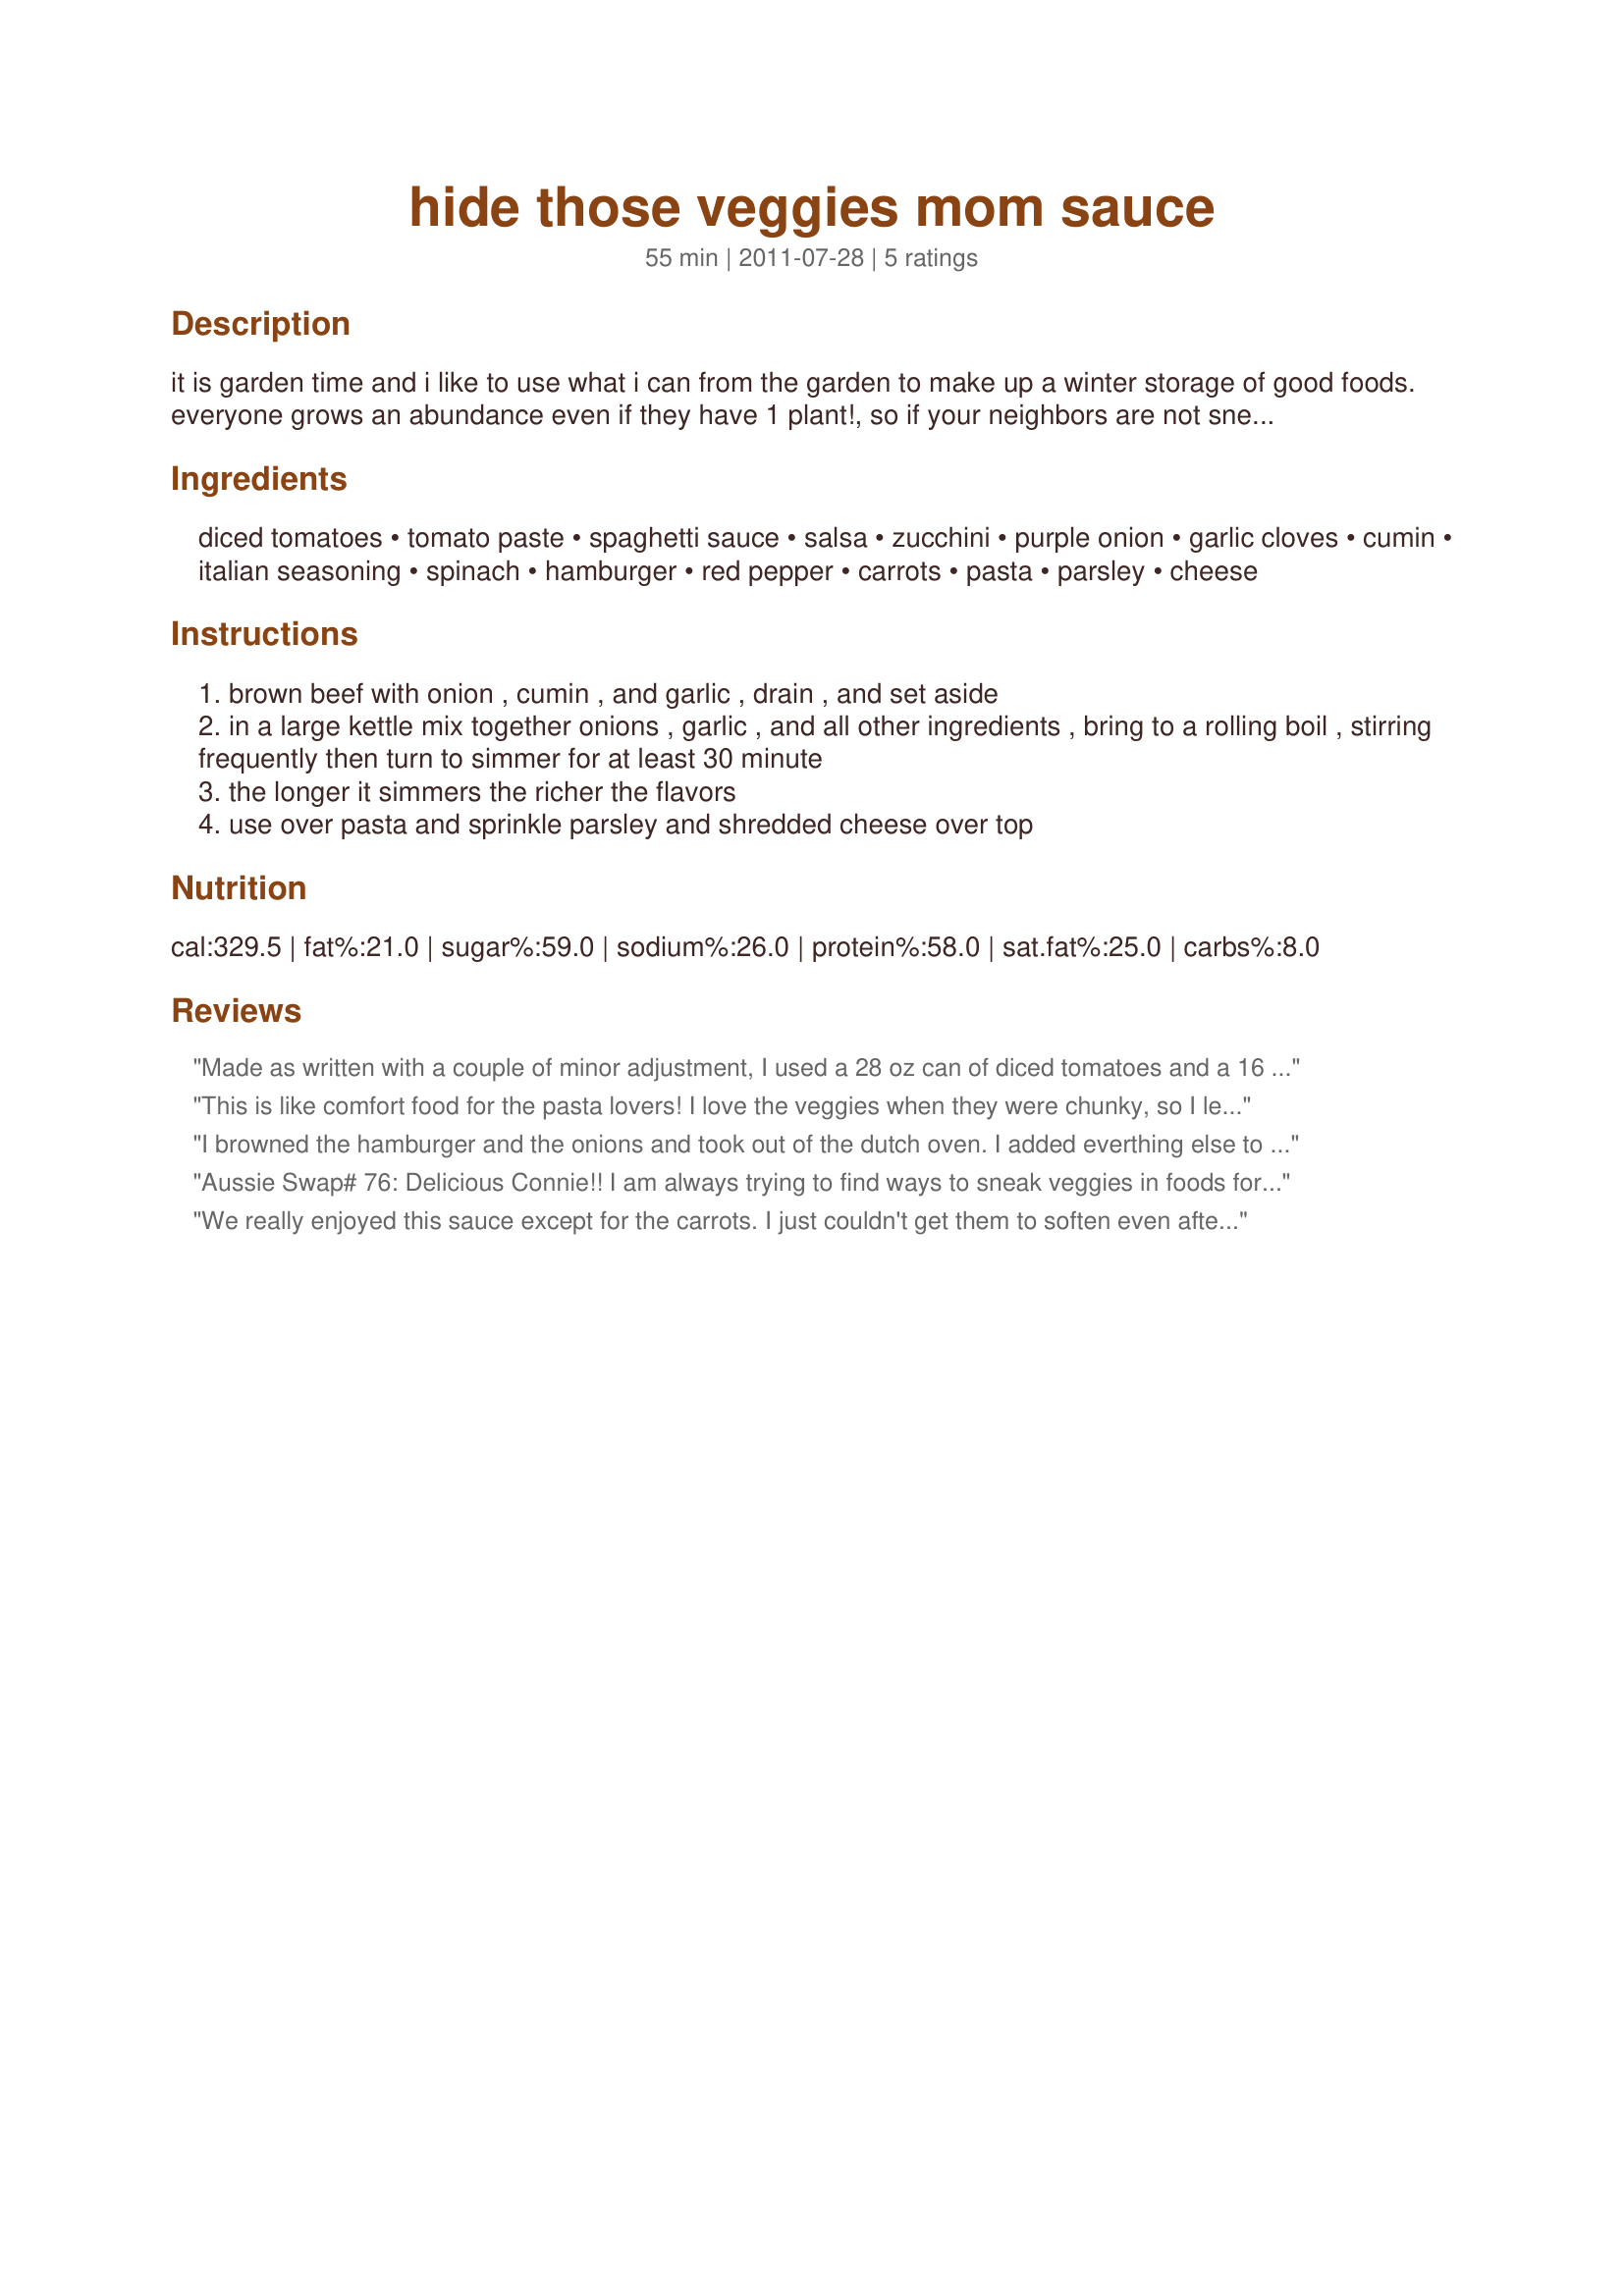
hide those veggies mom sauce
Preparation time: 55 minutes

it is garden time and i like to use what i can from the garden to make up a winter storage of good foods. everyone grows an abundance even if they have 1 plant!, so if your neighbors are not sneaking onto your porch in the dead of night to leave these morsels, then go steal away with some from their garden. your neighbors will be glad to share, i know i am. zucchini’s are so easy to grow but they multiply quickly! one way to get my kids to eat their spinach and veggies was to hide it in the sauce. anyway i could! for the dining on a dollar contest, zucchini was the main ingredient and i have taken to using this as a filler in many items to make it healthier. rich in vitamins and potassium it is a great source for your little athletes and low in calories. i used chunks of zucchini about 1 in x 2 inches but if you really want to hide the zukes, shred them and they melt into the sauce. i like a chunky version myself.i hope you enjoy this easy to make and cost efficient recipe.

Ingredients:
diced tomatoes, tomato paste, spaghetti sauce, salsa, zucchini, purple onion, garlic cloves, cumin, italian seasoning, spinach, hamburger, red pepper, carrots, pasta, parsley, cheese

Steps:
brown beef with onion , cumin , and garlic , drain , and set aside
in a large kettle mix together onions , garlic , and all other ingredients , bring to a rolling boil , stirring frequently then turn to simmer for at least 30 minute
the longer it simmers the richer the flavors
use over pasta and sprinkle parsley and shredded cheese over top

Reviews:
Made as written with a couple of minor adjustment, I used a 28 oz can of diced tomatoes and a 16 oz jar of mild tomato salsa, also only used 1/2 tsp cumin and did add both optional items. The only other adjustment I would make next time is to add a can of tomato sauce or puree. I let this simmer for 5 hours and I must say my kitchen sure did smell good all afternoon. The result was a delicious sauce with great flavor and a wonderful variety of good for you ingredients. Made for Dining on a Dollar Contest~ Summer 2011.
This is like comfort food for the pasta lovers! I love the veggies when they were chunky, so I left that way. Very good mix of veggies and flavours. And it does make for good leftovers, but no longer than two days.
I browned the hamburger and the onions and took out of the dutch oven. I added everthing else to the pot and simmered and had to add about 1/2 cup more liquid. I used an emersion blender to blend all of the vegies when they were cooked, then added the hamburger and onions. I like to use freeze dried purple onions bits when I can<br/>I did add two bay leaves when the sauce was cooking. I liked it very much.
Aussie Swap# 76: Delicious Connie!! I am always trying to find ways to sneak veggies in foods for Rose since she doesn&#039;t give foods a fair chance! This was PERFECT!!
We really enjoyed this sauce except for the carrots. I just couldn't get them to soften even after 2 hours of simmering. I made it exactly as written but added a bay leaf and a little more italian seasoning. I froze some for later. Good luck in the contest.
